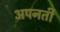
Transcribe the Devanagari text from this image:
अपनती